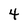
Character: 4